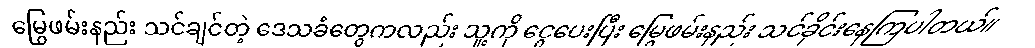
မြွေဖမ်းနည်း သင်ချင်တဲ့ ဒေသခံတွေကလည်း သူ့ကို ငွေပေးပြီး မြွေဖမ်းနည်း သင်ခိုင်းနေကြပါတယ်။